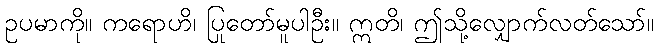
ဥပမာကို။ ကရောဟိ၊ ပြုတော်မူပါဦး။ ဣတိ၊ ဤသို့လျှောက်လတ်သော်။